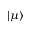
\vert \mu \rangle